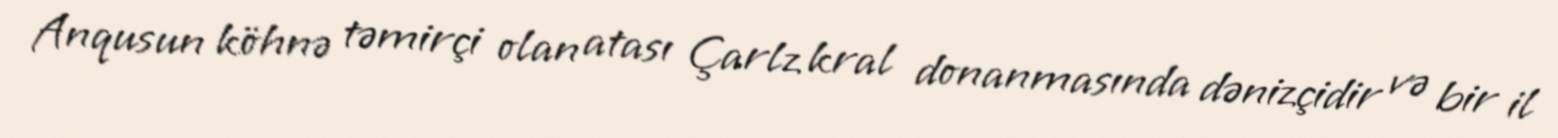
Anqusun köhnə təmirçi olan atası Çarlz kral donanmasında dənizçidir və bir il